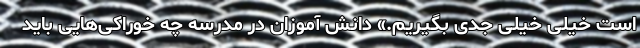
است خیلی خیلی جدی بگیریم.» دانش آموزان در مدرسه چه خوراکی‌هایی باید